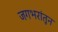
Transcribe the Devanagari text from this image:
जगभरांतून